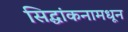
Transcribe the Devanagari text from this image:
सिद्धांकनामधून